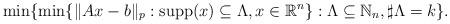
LaTeX: \begin{align*}\min\{\min\{\|Ax-b\|_p:\mathrm{supp}(x)\subseteq\Lambda, x\in\mathbb{R}^n\}:\Lambda\subseteq \mathbb{N}_n, \sharp\Lambda =k\}.\end{align*}